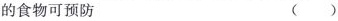
的食物可预防 ( )